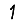
Digit: 1